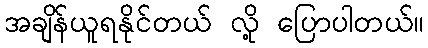
အချိန်ယူရနိုင်တယ် လို့ ပြောပါတယ်။